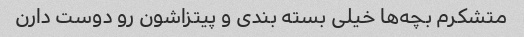
متشکرم بچه‌ها خیلی بسته بندی و پیتزاشون رو دوست دارن